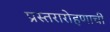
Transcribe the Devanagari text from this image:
प्रस्तरारोहणाची